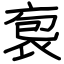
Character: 袌